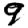
Digit: 9